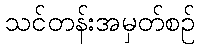
သင်တန်းအမှတ်စဉ်